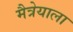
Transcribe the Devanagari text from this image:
मैत्रेयाला